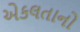
એકલતાનો